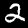
Label: 2